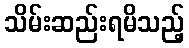
သိမ်းဆည်းရမိသည့်